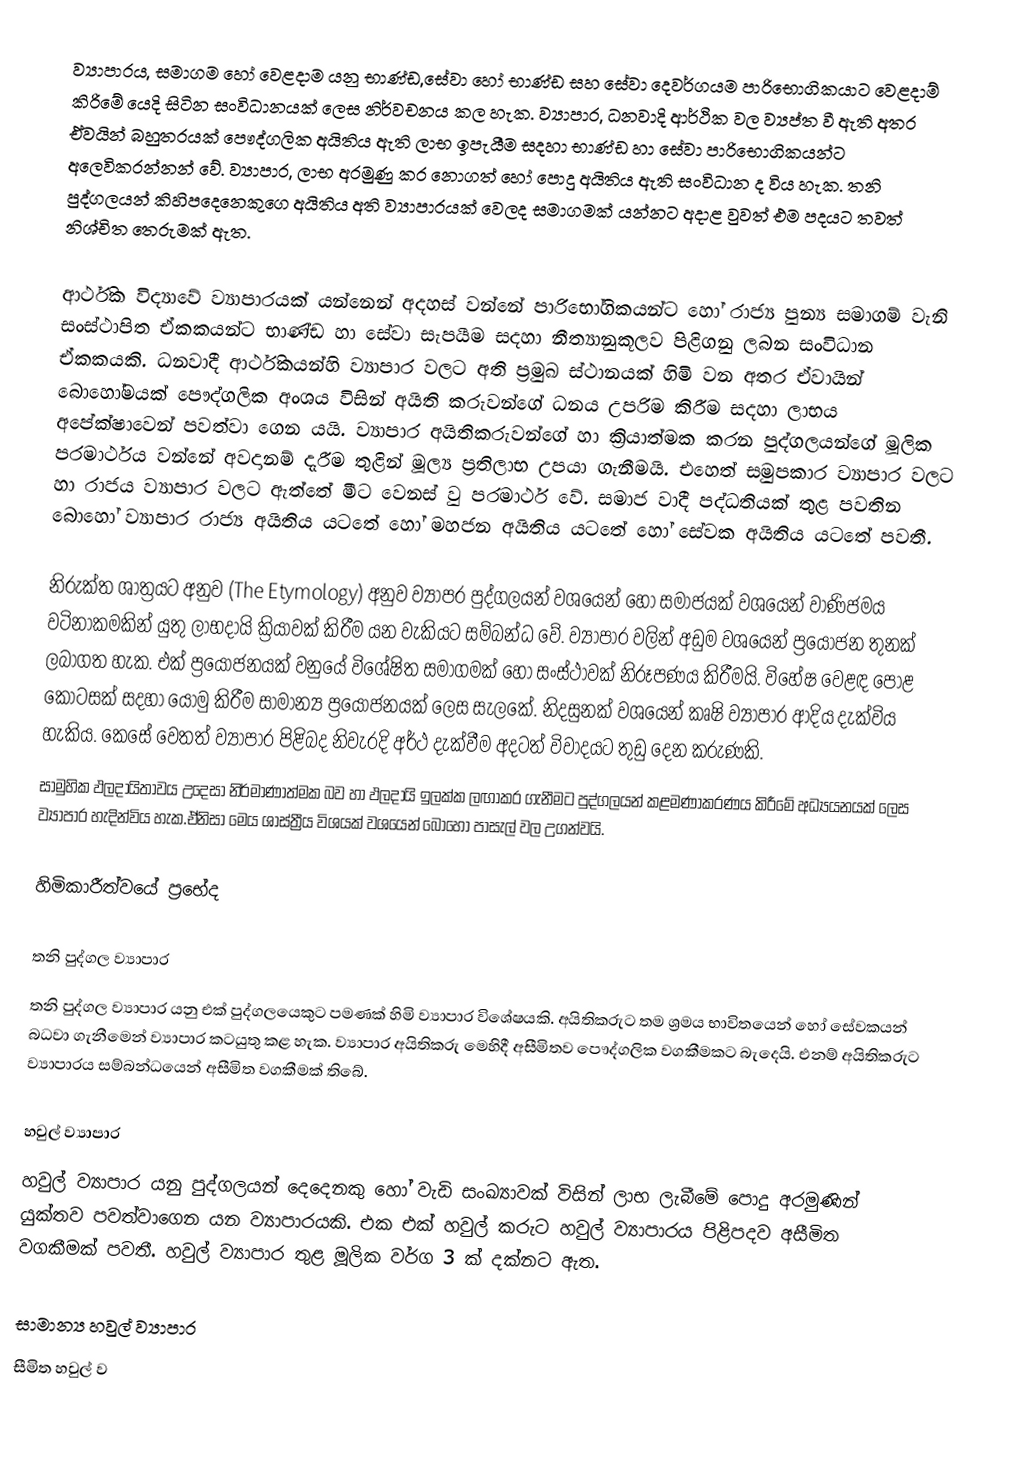
ව්‍යාපාරය, සමාගම හෝ වෙළදාම යනු භාණ්ඩ,සේවා හෝ භාණ්ඩ සහ සේවා දෙවර්ගයම පාරිභොගිකයාට වෙළදාම් කිරිමේ යෙදි සිටින සංවිධානයක් ලෙස නිර්වචනය කල හැක. ව්‍යාපාර, ධනවාදි ආර්ථික වල ව්‍යප්ත වී ඇති අතර ඒවයින් බහුතරයක් පෞද්ගලික අයිතිය ඇති ලාභ ඉපැයීම සදහා භාණ්ඩ හා සේවා පාරිභොගිකයන්ට අලෙවිකරන්නන් වේ. ව්‍යාපාර, ලාභ අරමුණු කර නොගත් හෝ පොදු අයිතිය ඇති සංවිධාන ද විය හැක. තනි පුද්ගලයන් කිහිපදෙනෙකුගෙ අයිතිය අති ව්‍යාපාරයක් වෙලද සමාගමක් යන්නට අදාළ වුවත් එම පදයට තවත් නිශ්චිත තෙරුමක් ඇත.

ආර්ථික විද්‍යාවේ ව්‍යාපාරයක් යන්නෙන් අදහස් වන්නේ පාරිභෝගිකයන්ට හෝ රාජ්‍ය පුන්‍ය සමාගම් වැනි සංස්ථාපිත ඒකකයන්ට භාණ්ඩ හා සේවා සැපයීම සදහා නීත්‍යානුකූලව පිළිගනු ලබන සංවිධාන ඒකකයකි. ධනවාදී ආර්ථිකයන්හි ව්‍යාපාර වලට අති ප්‍රමුඛ ස්ථානයක් හිමි වන අතර ඒවායින් බොහෝමයක් පෞද්ගලික අංශය විසින් අයිති කරුවන්ගේ ධනය උපරිම කිරීම සදහා ලාභය අපේක්ෂාවෙන් පවත්වා ගෙන යයි. ව්‍යාපාර අයිතිකරුවන්ගේ හා ක්‍රියාත්මක කරන පුද්ගලයන්ගේ මූලික පරමාර්ථය වන්නේ අවදානම් දැරීම තුළින් මූල්‍ය ප්‍රතිලාභ උපයා ගැනීමයි. එහෙත් සමුපකාර ව්‍යාපාර වලට හා රාජය ව්‍යාපාර වලට ඇත්තේ මීට වෙනස් වු පරමාර්ථ වේ. සමාජ වාදී පද්ධතියක් තුළ පවතින බොහෝ ව්‍යාපාර රාජ්‍ය අයිතිය යටතේ හෝ මහජන අයිතිය යටතේ හෝ සේවක අයිතිය යටතේ පවතී.

නිරුක්ත ශාත්‍රයට අනුව (The Etymology) අනුව ව්‍යාපර පුද්ගලයන් වශයෙන් හෝ සමාජයක් වශයෙන් වාණිජමය වටිනාකමකින් යුතු ලාභදායි ක්‍රියාවක් කිරීම යන වැකියට සම්බන්ධ වේ. ව්‍යාපාර වලින් අඩුම වශයෙන් ප්‍රයෝජන තුනක් ලබාගත හැක. එක් ප්‍රයෝජනයක් වනුයේ විශේෂිත සමාගමක් හෝ සංස්ථාවක් නිරූපණය කිරීමයි. විහේෂ වෙළඳ පොළ කොටසක් සදහා යොමු කිරීම සාමාන්‍ය ප්‍රයෝජනයක් ලෙස සැලකේ. නිදසුනක් වශයෙන් කෘෂි ව්‍යාපාර ආදිය දැක්විය හැකිය. කෙසේ වෙතත් ව්‍යාපාර පිළිබද නිවැරදි අර්ථ දැක්වීම අදටත් විවාදයට තුඩු දෙන කරුණකි.
සාමුහික ඵලදායිතාවය උදෙසා නිර්මාණාත්මක බව හා ඵලදායි ඉලක්ක ලඟාකර ගැනීමට පුද්ගලයන් කළමණාකරණය කිරීමේ අධ්‍යයනයක් ලෙස ව්‍යාපාර හැදින්විය හැක.ඒනිසා මෙය ශාස්ත්‍රීය විශයක් වශයෙන් බොහෝ පාසැල් වල උගන්වයි.

හිමිකාරීත්වයේ ප්‍රභේද

තනි පුද්ගල ව්‍යාපාර
තනි පුද්ගල ව්‍යාපාර යනු එක් පුද්ගලයෙකුට පමණක් හිමි ව්‍යාපාර විශේෂයකි. අයිතිකරුට තම ශ්‍රමය භාවිතයෙන් හෝ සේවකයන් බධවා ගැනීමෙන් ව්‍යාපාර කටයුතු කළ හැක. ව්‍යාපාර අයිතිකරු මෙහිදී අසීමිතව පෞද්ගලික වගකීමකට බැදෙයි. එනම් අයිතිකරුට ව්‍යාපාරය සම්බන්ධයෙන් අසීමිත වගකීමක් තිබේ.

හවුල් ව්‍යාපාර
හවුල් ව්‍යාපාර යනු පුද්ගලයන් දෙදෙනකු හෝ වැඩි සංඛ්‍යාවක් විසින් ලාභ ලැබීමේ පොදු අරමුණින් යුක්තව පවත්වාගෙන යන ව්‍යාපාරයකි. එක එක් හවුල් කරුට හවුල් ව්‍යාපාරය පිළිපදව අසීමිත වගකීමක් පවතී. හවුල් ව්‍යාපාර තුළ මූලික වර්ග 3 ක් දක්නට ඇත.

සාමාන්‍ය හවුල් ව්‍යාපාර
සීමිත හවුල් ව